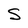
Character: S